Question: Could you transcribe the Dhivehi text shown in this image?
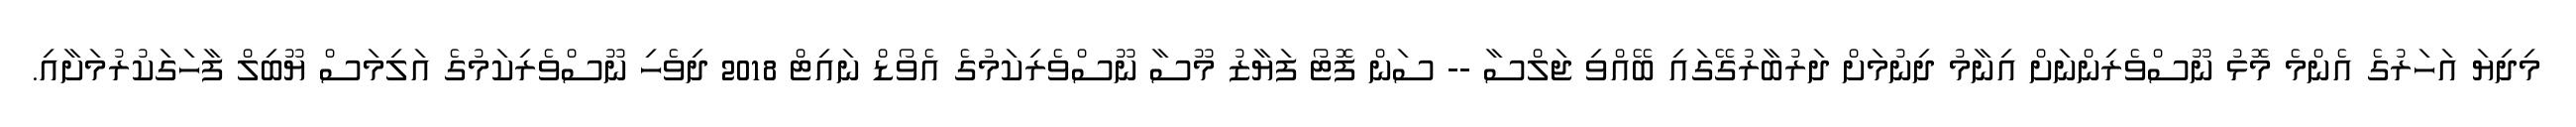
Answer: މިދިޔަ އަހަރުގެ އެންމެ މޮޅު ނޫސްވެރިންނަށް އިނާމު ދިނުމަށް ދަރުބާރުގޭގައި ބޭއްވި ޖަލްސާ -- ސަން ފޮޓޯ ފަޔާޒު މޫސާ ނޫސްވެރިކަމުގެ އެވޯޑް ނައިޓް 2018 ދިވެހި ނޫސްވެރިކަމުގެ އަލިމަސް ޔޫބިލް ފާހަގަކުރުމަށާއި.